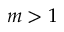
m > 1